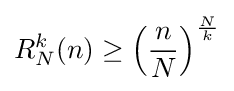
R_{N}^{k}(n)\geq \left({\frac {n}{N}}\right)^{\frac {N}{k}}